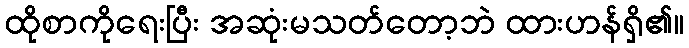
ထိုစာကိုရေးပြီး အဆုံးမသတ်တော့ဘဲ ထားဟန်ရှိ၏။